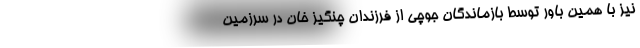
نیز با همین باور توسط بازماندگان جوچی از فرزندان چنگیز خان در سرزمین